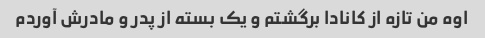
اوه من تازه از کانادا برگشتم و یک بسته از پدر و مادرش آوردم